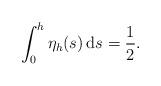
LaTeX: \begin{align*} \int_{0}^{h}{\eta_{h}(s) \, \mathrm{d}s} = \frac{1}{2}.\end{align*}